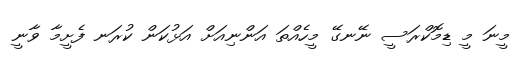
މީނަ މީ ޑިމޮކްރަސީ ނޭނގޭ މީހެއްތަ އަންނިއަށް އަޅުކަން ކުރަނ ފެށީމާ ވާނީ